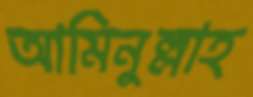
আমিনুল্লাহ